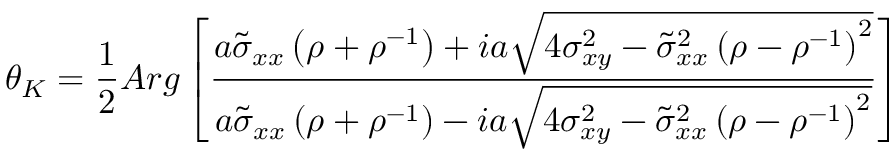
\theta _ { K } = \frac { 1 } { 2 } A r g \left[ \frac { a \tilde { \sigma } _ { x x } \left( \rho + \rho ^ { - 1 } \right) + i a \sqrt { 4 \sigma _ { x y } ^ { 2 } - \tilde { \sigma } _ { x x } ^ { 2 } \left( \rho - \rho ^ { - 1 } \right) ^ { 2 } } } { a \tilde { \sigma } _ { x x } \left( \rho + \rho ^ { - 1 } \right) - i a \sqrt { 4 \sigma _ { x y } ^ { 2 } - \tilde { \sigma } _ { x x } ^ { 2 } \left( \rho - \rho ^ { - 1 } \right) ^ { 2 } } } \right]